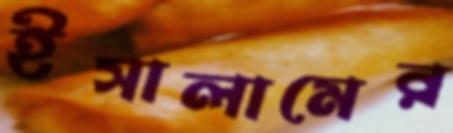
ইসালামের